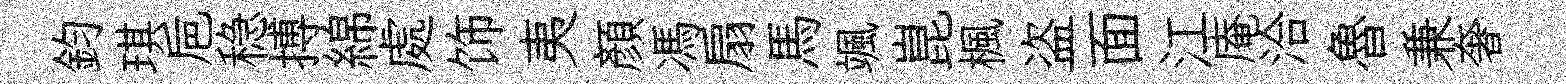
鈞琪巵稳搏綿處饰夷顏馮扇馬颯崑楓盗面江庵洽魯兼奢